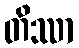
တိဿာ